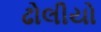
ઢોલીયો